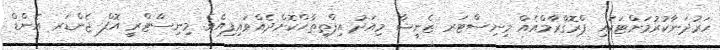
ހަރުދަނާކުރުމަށްޓަކައި ޕްރޮގްރާމްއެއް މިނިސްޓަރ ޒެނީޝާ މިއަދު އިފްތިތާޙްކޮށްދެއްވައިފިއެވެ. މިނިސްޓްރީ އޮފް ޖެންޑަރ އެންޑް